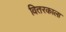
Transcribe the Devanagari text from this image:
वितरकाला